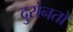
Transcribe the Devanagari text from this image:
दुरोनतो